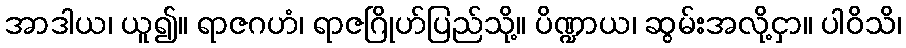
အာဒါယ၊ ယူ၍။ ရာဇဂဟံ၊ ရာဇဂြိုဟ်ပြည်သို့။ ပိဏ္ဍာယ၊ ဆွမ်းအလို့ငှာ။ ပါဝိသိ၊